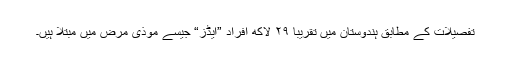
تفصیلات کے مطابق ہندوستان میں تقریباً ۲۹ لاکھ افراد ”ایڈز“ جیسے موذی مرض میں مبتلا ہیں۔